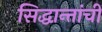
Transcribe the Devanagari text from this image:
सिद्धान्तांची